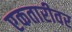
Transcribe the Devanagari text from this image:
एकतारीवर